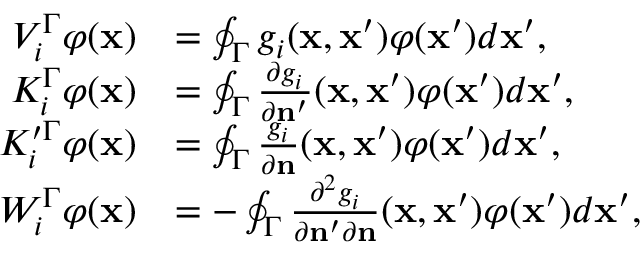
\begin{array} { r l } { V _ { i } ^ { \Gamma } \varphi ( \mathbf { x } ) } & { = \oint _ { \Gamma } g _ { i } ( \mathbf { x } , \mathbf { x } ^ { \prime } ) \varphi ( \mathbf { x } ^ { \prime } ) d \mathbf { x } ^ { \prime } , } \\ { K _ { i } ^ { \Gamma } \varphi ( \mathbf { x } ) } & { = \oint _ { \Gamma } \frac { \partial g _ { i } } { \partial \mathbf { n } ^ { \prime } } ( \mathbf { x } , \mathbf { x } ^ { \prime } ) \varphi ( \mathbf { x } ^ { \prime } ) d \mathbf { x } ^ { \prime } , } \\ { K _ { i } ^ { \prime \Gamma } \varphi ( \mathbf { x } ) } & { = \oint _ { \Gamma } \frac { g _ { i } } { \partial \mathbf { n } } ( \mathbf { x } , \mathbf { x } ^ { \prime } ) \varphi ( \mathbf { x } ^ { \prime } ) d \mathbf { x } ^ { \prime } , } \\ { W _ { i } ^ { \Gamma } \varphi ( \mathbf { x } ) } & { = - \oint _ { \Gamma } \frac { \partial ^ { 2 } g _ { i } } { \partial \mathbf { n } ^ { \prime } \partial \mathbf { n } } ( \mathbf { x } , \mathbf { x } ^ { \prime } ) \varphi ( \mathbf { x } ^ { \prime } ) d \mathbf { x } ^ { \prime } , } \end{array}